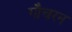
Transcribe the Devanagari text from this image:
गौचरन